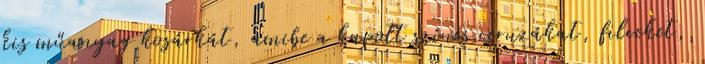
kis műanyag kosárkát, amibe a kapott színes ceruzákat, filceket,